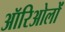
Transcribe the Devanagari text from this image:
ऑरिओलों